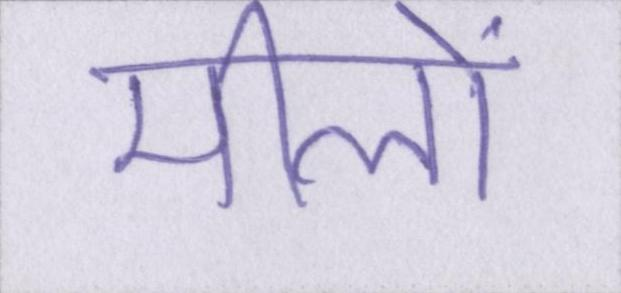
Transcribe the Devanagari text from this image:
मीलों